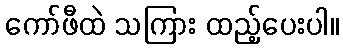
ကော်ဖီထဲ သကြား ထည့်ပေးပါ။